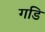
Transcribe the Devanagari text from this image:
गडि